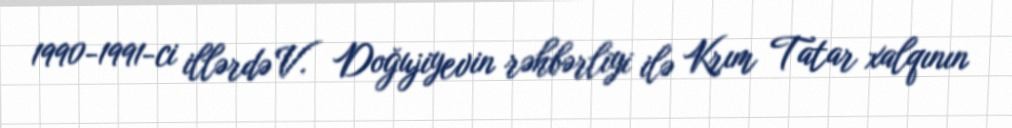
1990-1991-ci illərdə V. Doğujiyevin rəhbərliyi ilə Krım Tatar xalqının